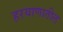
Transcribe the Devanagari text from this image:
हरयाणातील